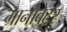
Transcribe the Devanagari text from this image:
ग्रानोवेटर